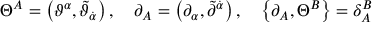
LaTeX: \Theta ^ { A } = \left( \vartheta ^ { \alpha } , \widetilde { \vartheta } _ { \dot { \alpha } } \right) , \quad \partial _ { A } = \left( \partial _ { \alpha } , \widetilde { \partial } ^ { \dot { \alpha } } \right) , \quad \left\{ \partial _ { A } , \Theta ^ { B } \right\} = \delta _ { A } ^ { B }